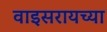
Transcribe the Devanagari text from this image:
वाइसरायच्या